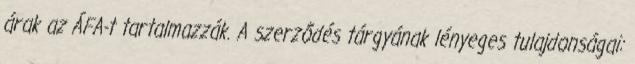
árak az ÁFA-t tartalmazzák. A szerződés tárgyának lényeges tulajdonságai: